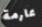
عارمة